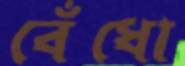
বেঁধো